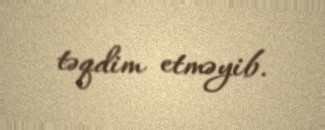
təqdim etməyib.